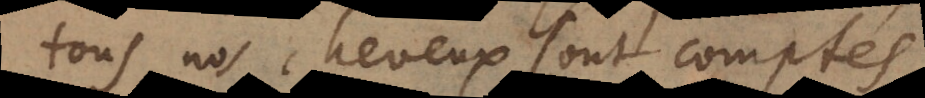
tous nos cheveux sont comptés,